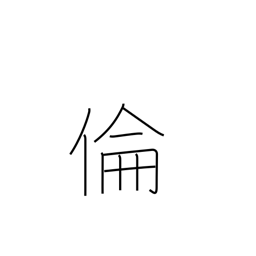
Meaning: ethics